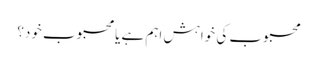
محبوب کی خواہش اہم ہے یا محبوب خود؟